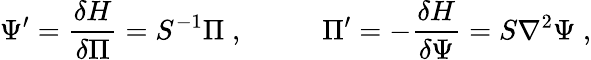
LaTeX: \Psi^{\prime}=\frac{\delta H}{\delta\Pi}=S^{-1}\Pi\; ,~~~~~~~~~~~\Pi^{\prime}=-\frac{\delta H}{\delta\Psi}=S\nabla^{2}\Psi\; ,